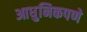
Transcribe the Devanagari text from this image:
आधुनिकपणे